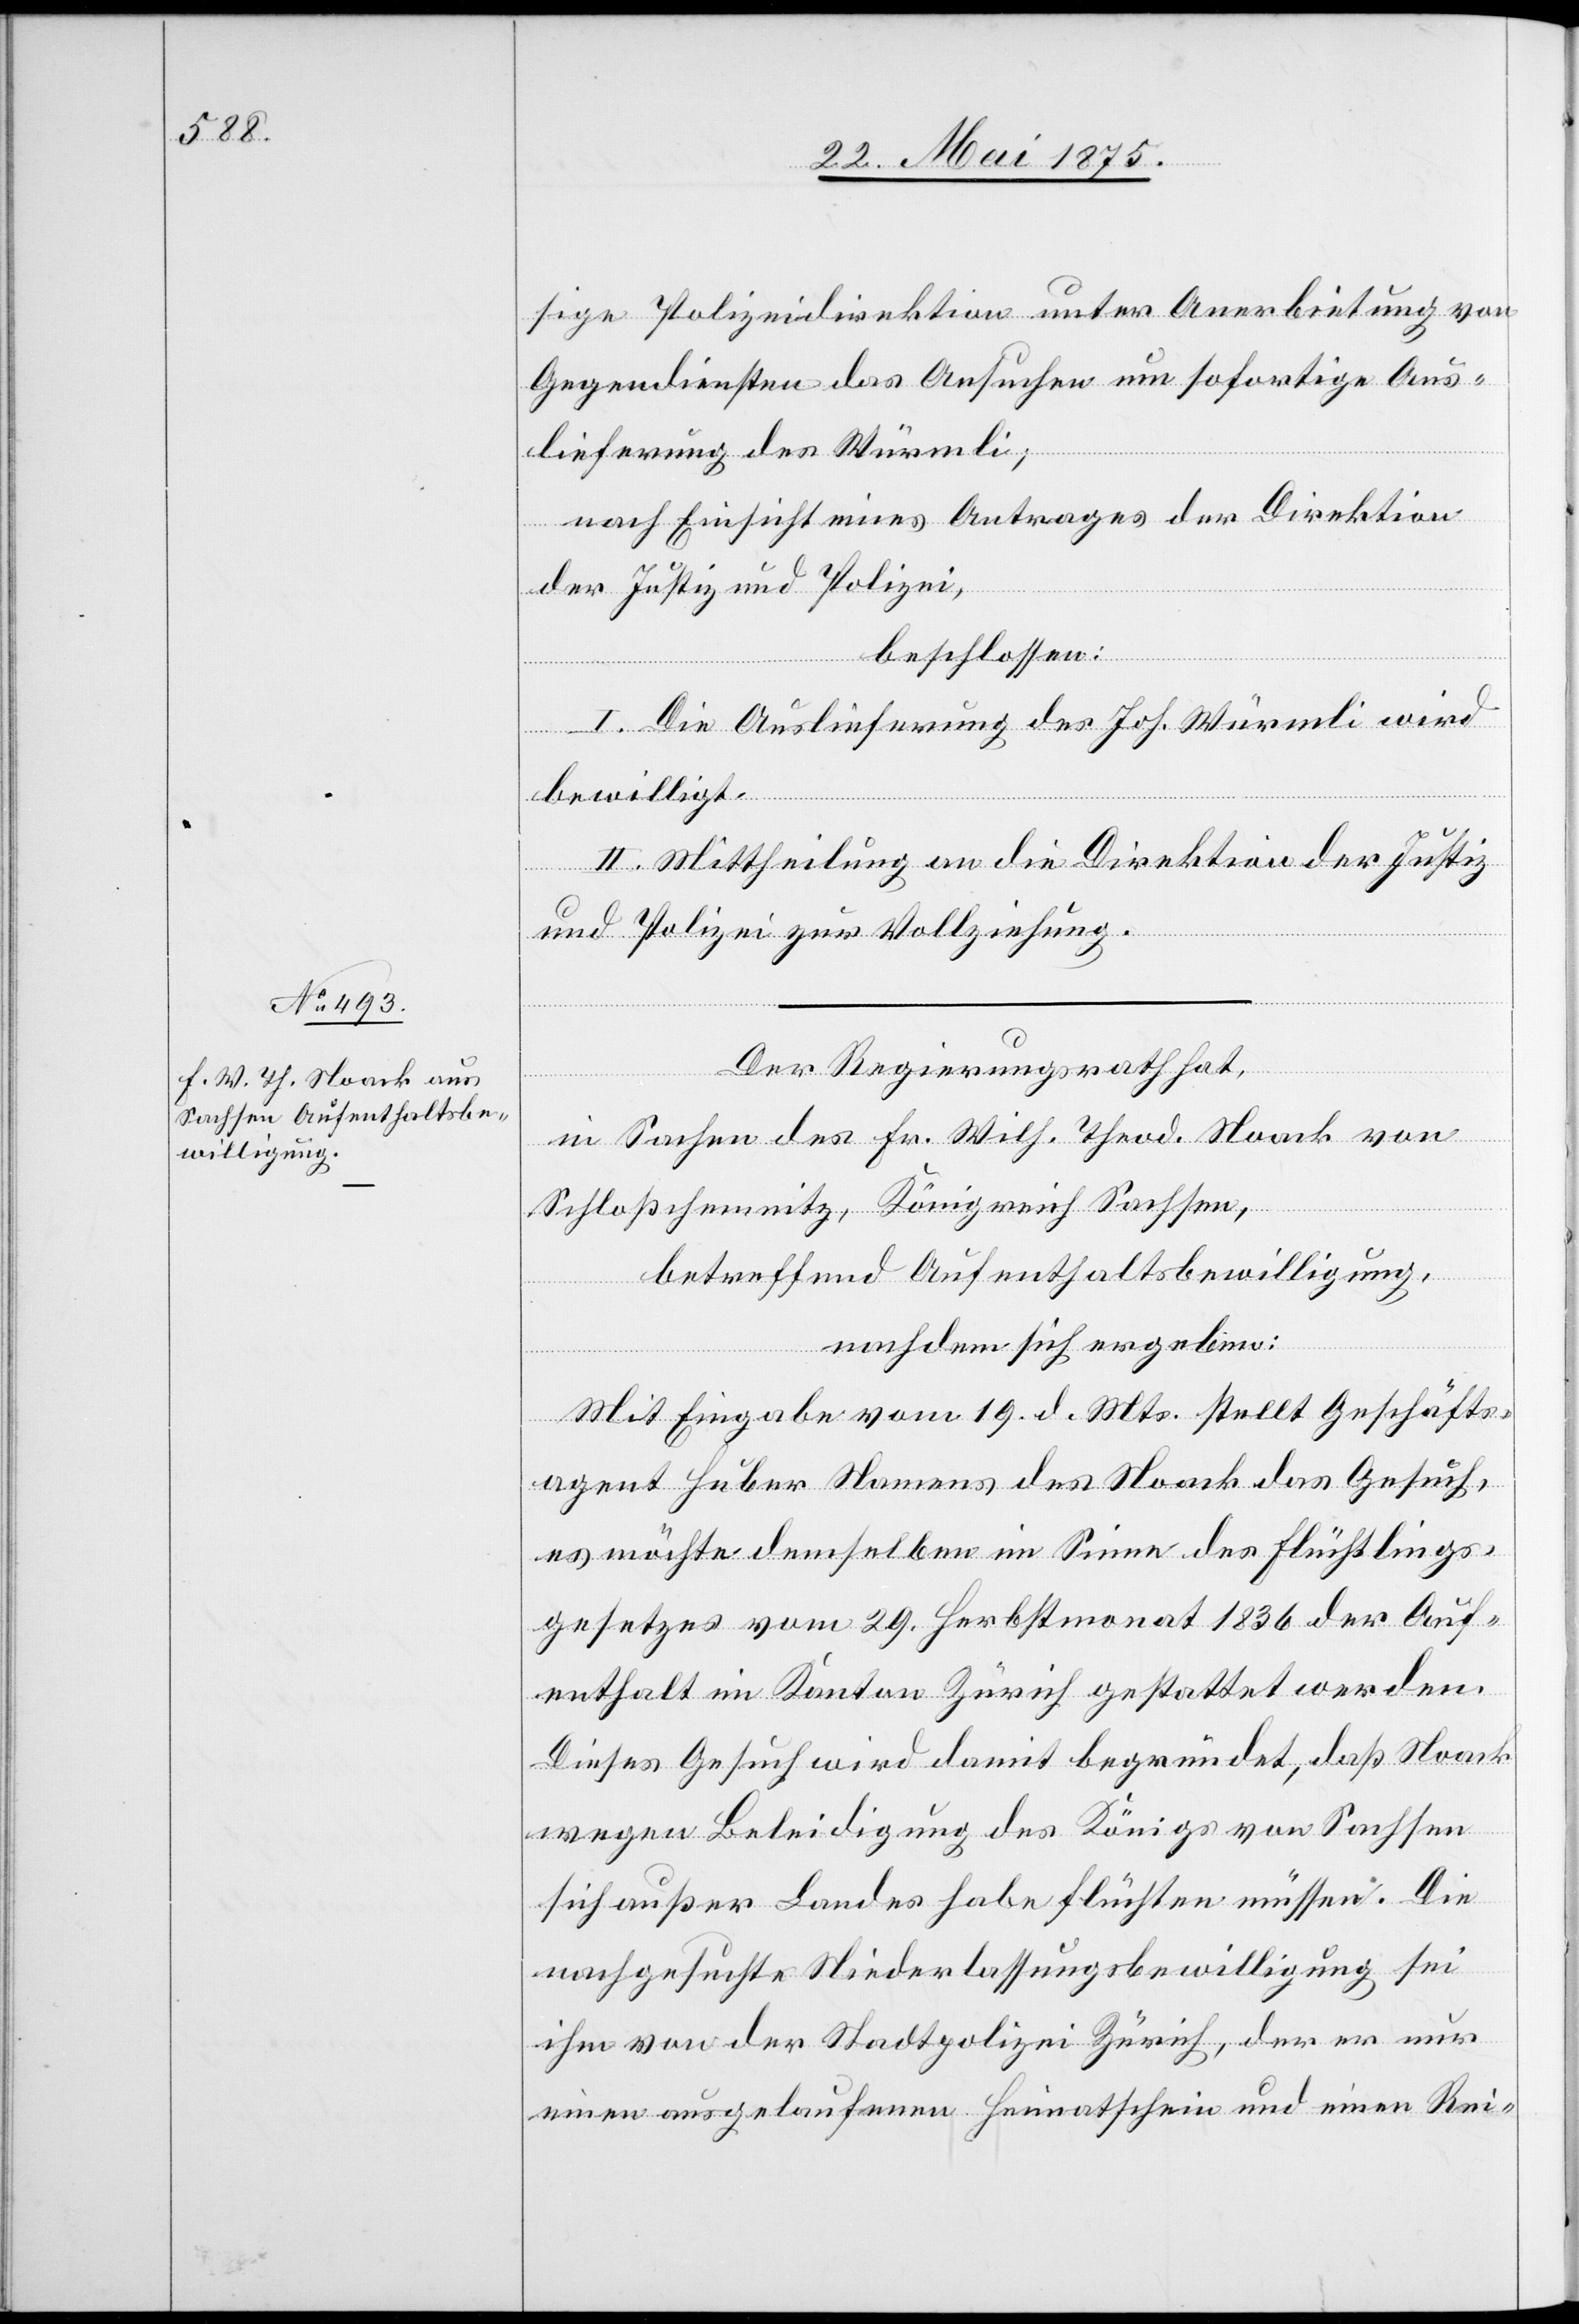
sige Polizeidirektion unter Anerbietung von
Gegendiensten das Ansuchen um sofortige Aus¬
lieferung des Würmli,
nach Einsicht eines Antrages der Direktion
der Justiz und Polizei;
beschlossen:
I. Die Auslieferung des Joh. Würmli wird
bewilligt.
II. Mittheilung an die Direktion der Justiz
und Polizei zur Vollziehung.
Der Regierungsrath hat,
in Sachen des Fr. Wilh. Noack von
Schloßchemnitz, Königreich Sachsen,
betreffend Aufenthaltsbewilligung,
nach dem sich ergeben:
Mit Eingabe vom 19. d. Mts. stellt Geschäfts¬
agent Huber Namens des Noack das Gesuch,
es möchte demselben im Sinne des Flüchtlings¬
gesetzes vom 29. Herbstmonat 1836 der Auf¬
enthalt im Kanton Zürich gestattet werden.
Dieses Gesuch wird damit begründet, daß Noack
wegen Beleidigung des Königs von Sachsen
sich außer Landes habe flüchten müssen. Die
nachgesuchte Niederlassungsbewilligung sei
ihm von der Stadtpolizei Zürich, der er nur
einen ausgelaufenen Heimatschein und einen Rei-